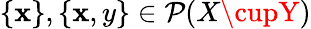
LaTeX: \{ \mathbf{x}\} ,\{ \mathbf{x},y\} \in{\mathcal{{P}}}(X\cupY)